Annual report on the lock hospitals of the Madras Presidency
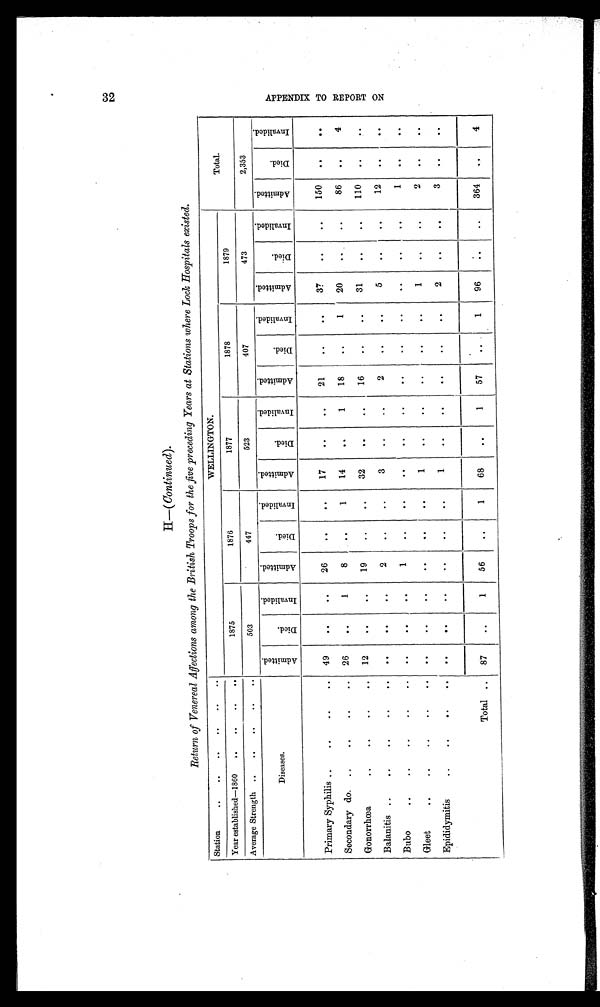
H—( Continued).
Return of Venereal Affections among the British Troops for the five preceding Years at Stations where Lock Hospitals existed.
Station
..
..
..
..
. .
. .
WELLINGTON.
Total.
Year established—1860
. .
. . ..
. .
1875
1876
1877
1878
1879
Average Strength ..
..
..
. .
..
503
447
523
407
473
2,353
Diseases.
Admi t t e d.
D i e d .
I n v a l i d e d .
A d m i t t e d .
D i e d .
I n v a l i d e d .
A d m i t t e d .
D i e d .
I n v a l i d e d .
A d m i t t e d .
D i e d .
I n v a l i d e d .
A d m i t t e d .
D i e d .
I n v a l i d e d .
A d m i t t e d .
D i e d .
I n v a l i d e d .
Primary Syphilis.
. .
. .
. .
4 9
. .
. .
2 6
. .
. .
1 7
. .
. .
2 1
. .
1
3 7
. .
. .
1 5 0
. .
. .
Secondary do. ..
. .
. .
. .
2 6
. .
1
8
. .
1
1 4
. .
1
1 8
. .
. .
2 0
. .
. .
8 6
. .
4
Gonorrhœa
..
. .
. .
. .
1 2
. .
. .
1 9
. .
. .
3 2
. .
. .
1 6
. .
. .
3 1
. .
. .
1 1 0
. .
. .
Balanitis ..
..
. .
. .
. .
. .
. .
. .
2
. .
. .
3
. .
. .
2
. .
. .
5
. .
. .
1 2
. .
. .
Bubo
..
..
. .
. .
. .
. .
. .
. .
1
. .
. .
. .
. .
. .
. .
. .
. .
. .
. .
. .
1
. .
. .
Gleet
..
..
. .
. .
. .
. .
. .
. .
. .
. .
. .
1
. .
. .
. .
. .
. .
1
. .
. .
2
. .
. .
Epididymitis
. .
. .
. .
. .
. .
. .
. .
. .
. .
. .
1
. .
. .
. .
. .
. .
2
. .
. .
3
. .
. .
Total ..
87
. .
1
56
. .
1
68
. .
1
57
. .
1
96
. .
..
364
. .
4
CAD
L\2
A P P E N D I X T O R E P O R T O N